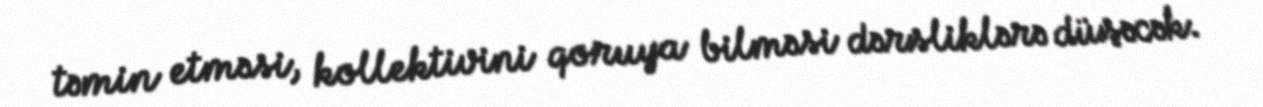
təmin etməsi, kollektivini qoruya bilməsi dərsliklərə düşəcək.